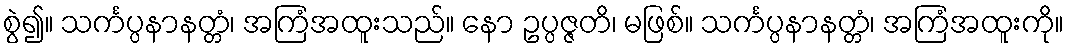
စွဲ၍။ သင်္ကပ္ပနာနတ္တံ၊ အကြံအထူးသည်။ နော ဥပ္ပဇ္ဇတိ၊ မဖြစ်။ သင်္ကပ္ပနာနတ္တံ၊ အကြံအထူးကို။